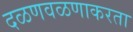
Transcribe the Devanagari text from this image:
दळणवळणाकरता